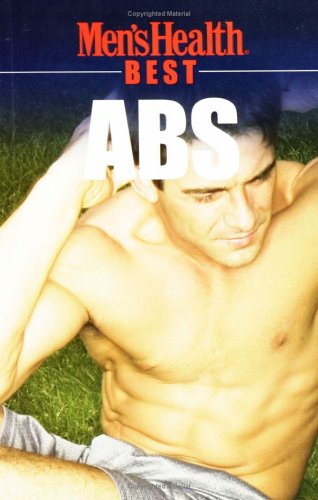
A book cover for Men's Health Best Abs; Health, Fitness & Dieting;